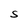
Character: S